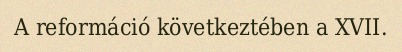
A reformáció következtében a XVII.